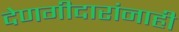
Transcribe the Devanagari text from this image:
देणगीदारांनाही